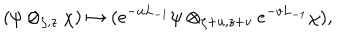
LaTeX: ( \psi \otimes _ { \zeta , z } \chi ) \mapsto ( e ^ { - u L _ { - 1 } } \psi \otimes _ { \zeta + u , z + v } e ^ { - v L _ { - 1 } } \chi ) ,